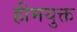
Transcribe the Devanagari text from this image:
हीमयुक्त